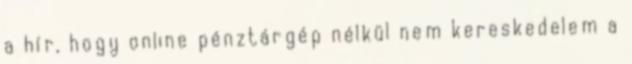
a hír, hogy online pénztárgép nélkül nem kereskedelem a